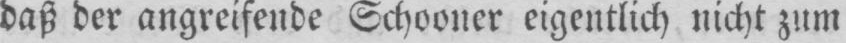
daß der angreifende Schooner eigentlich nicht zum